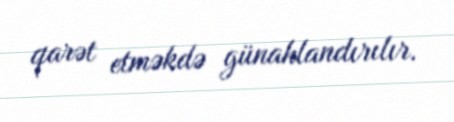
qarət etməkdə günahlandırılır.